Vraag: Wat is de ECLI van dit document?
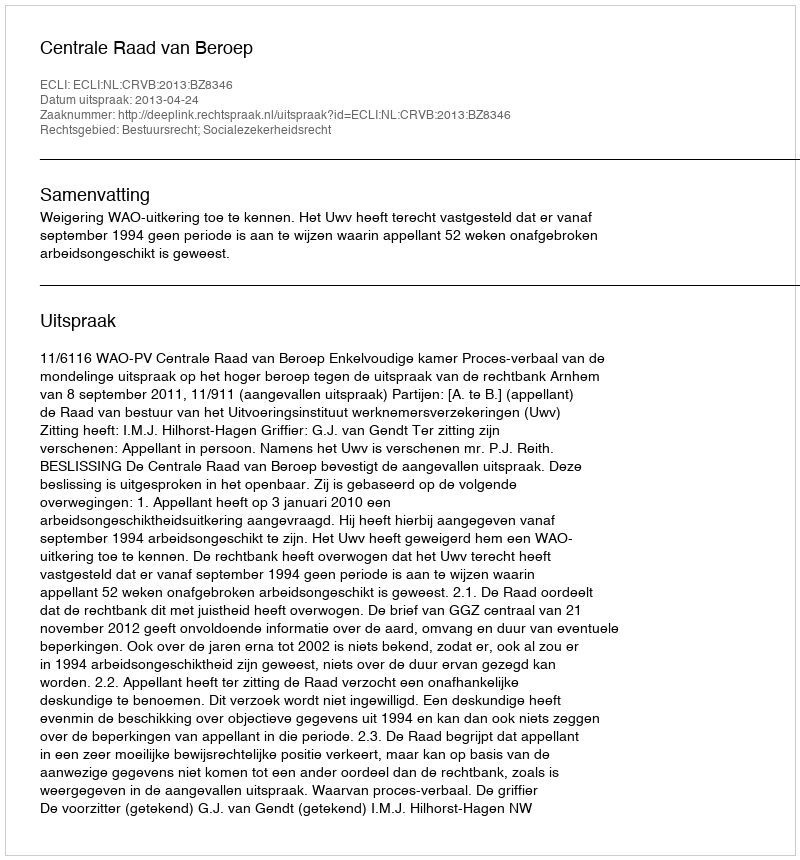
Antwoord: ECLI:NL:CRVB:2013:BZ8346